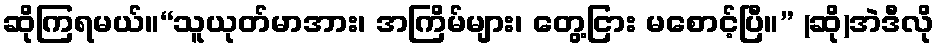
ဆိုကြရမယ်။“သူယုတ်မာအား၊ အကြိမ်များ၊ တွေ့ငြား မစောင့်ပြီ။” (ဆို)အဲဒီလို